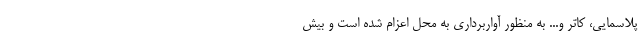
پلاسمایی، کاتر و... به منظور آواربرداری به محل اعزام شده است و بیش